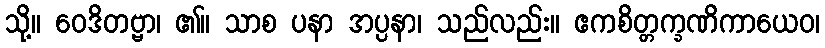
သို့။ ဝေဒိတဗ္ဗာ၊ ၏။ သာစ ပနာ အပ္ပနာ၊ သည်လည်း။ ဧကစိတ္တက္ခဏိကာယေဝ၊